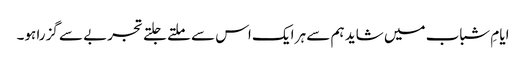
ایامِ شباب میں شاید ہم سے ہر ایک اس سے ملتے جلتے تجربے سے گزرا ہو۔